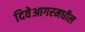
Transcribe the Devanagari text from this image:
दिवेआगरमधील